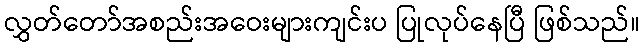
လွှတ်တော်အစည်းအဝေးများကျင်းပ ပြုလုပ်နေပြီ ဖြစ်သည်။